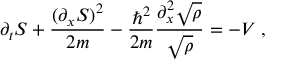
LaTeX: \partial _ { t } S + \frac { ( \partial _ { x } S ) ^ { 2 } } { 2 m } - \frac { \hbar ^ { 2 } } { 2 m } \frac { \partial _ { x } ^ { 2 } \sqrt { \rho } } { \sqrt { \rho } } = - V \; ,